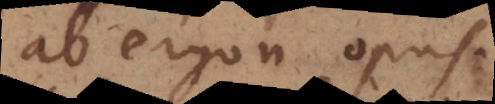
ab ergon, opus.